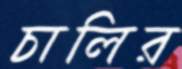
চালির